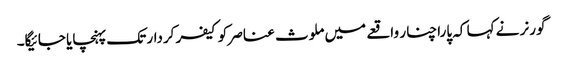
گورنر نے کہا کہ پاراچنار واقعے میں ملوث عناصر کو کیفر کردار تک پہنچایا جائیگا۔